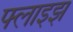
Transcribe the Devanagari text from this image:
फ्लाइझ